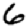
Digit: 6